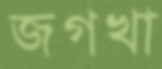
জগখা